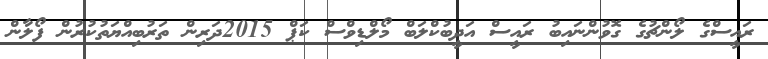
ރައީސްގެ ލޯންޗުގެ ގޮވުންނައިބު ރައީސް އަދީބުކްލަބް މޯލްޑިވްސް ކަޕް 2015ދަރިން ތަރުބިއްޔަތުކުރުން ފޯލާން